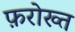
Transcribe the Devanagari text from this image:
फ़रोख्त